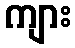
ကျား